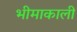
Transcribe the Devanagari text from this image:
भीमाकाली